Report on the cholera epidemic of
Year: 1868
Disease focus: Cholera
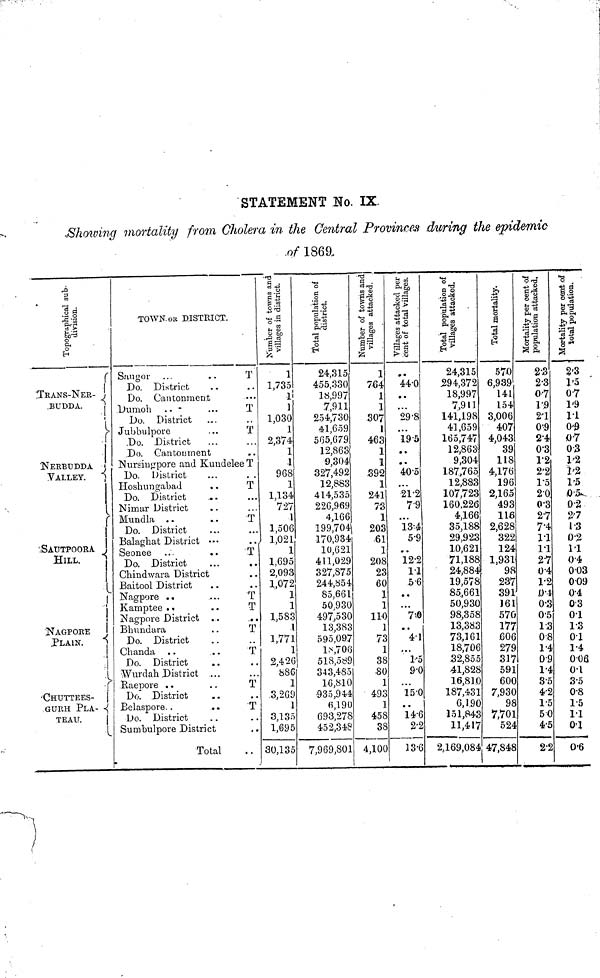
STATEMENT No. IX.
Showing mortality from Cholera in the Central Provinces during the epidemic
of 1869.
Topographical sub-
division.
TRANS-NER-
.BUDDA.
NERBUDDA
VALLEY.
SAUTPOORA
HILL.
NAGPORE
PLAIN.
CHUTTEES-
GURH PLA- -
TEAU.
TOWN. OR DISTRICT.
Saugor
...
Do. District
Do. Cantonment
Dumoh .. -
Do. District
Jubbulpore
Do. District
Do. Cantonment
T
..
•••
T
T
...
• •
Nursingpore and Kundelee T
Do. District
Hoshungabad
..
Do. District
...
Nimar District
Mundla ..
..
Do. District
Balaghat District •*•
Seonee ...
..
Do. District
Chindwara District
Baitool District
Nagpore ..
Kamptee • •
Nagpore District ..
Bhundara
Do. District
Chanda ..
Do. District
Wurdah District ...
Raepore ..
Do District
Belaspore..
• •
Do. District
Sumbulpore District
Total
••
T
...
T'
...
• •
T
• •
• •
T
T
••
T
••
T
••
...
T
• •
T
• •
• •
••
OB'S
1
1,735
1
]
1,030
1
2,374
1
.1
968
1
1,134
727
1
1,506
1,021
1
1,695
2,093
1,072
1
1
1,583
1,771
1
2,426
886
1
.3,269
1
3,135
1,695
30,135
24,315
455,330
18,997
7,911
254,730
41,659
565,679
12,863
9,304
327,492
12,883
414,535
226,969
4,166
199,704
170,934
10,621
411,029
327,875
244,854
85,661
50,930
497,530
13,383
595,097
18,706
518,569
343,485
16,810
•935,944
6,190
693,278
452,348
7,969,801
1
764
1
1
307
1
463
1
1
392
1
241
73
1
203
61
1
208
23
60
1
1
110
1
73
1
38
80
1
493
1
458
38
4,100
Villages attacked per
cent of total Villages.
• •
440
• •
•••
29.8
...
19-5
• •
• •
405
•••
21•2
7•9
...
13•4
59
• •
12•2
11
56
• •
...
74
• •
41
...
1*5
9•0
...
150
• •
14-6
2•2
13•6
Total population of
villages attacked.
24,315
294,372
18,997
7,911
141,198
41,659
165,747
12,863
9,304
187,765
12,883
107,723
160.226
4,166
35,188
29,923
10,621
71,188
24,884
19,578
85,661
50,930
98,358
13,383
73,161
18,706
32,855
41,828
16,810
187,431
6,1.90
151,843
11,417
2,169,084
570
6,939
141
154
3,006
407
4,043
39
118
4,176
196
2,165
493
116
2,628
322
124
1,931
98
237
391
161
57.0
177
606
279
317
591
600
7,930
98
7,701
524
47,848
Mortality per oent of 1
population attacked. 1
2•3
2•3
0•7
1•9
2•1
0'9
2•4
0•3
1•2
2•2
1•5
2•0
0•3
2•7
7•4
11
11
2•7
0•4
1•2
0•4
03
05
1•3
0-8
1-4
0•9
1•4
3•5
4•2
1•5
50
4•5
2•2
la
2'3
1•5
0•7
1•9
1•1
0•7
03
1•2
1•2
1•5
0•5
0•2
2'7
1•3
0•2
11
0•4
003
0•09
0-4
03
01
1•3
01
1•4
0•08
0•1
3•5
0•8
1•5
11
0•1
0•6